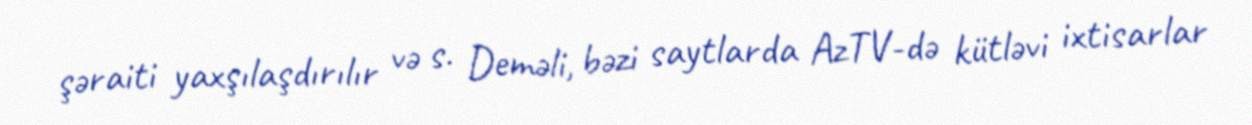
şəraiti yaxşılaşdırılır və s. Deməli, bəzi saytlarda AzTV-də kütləvi ixtisarlar